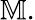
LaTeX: \mathbb{M}.